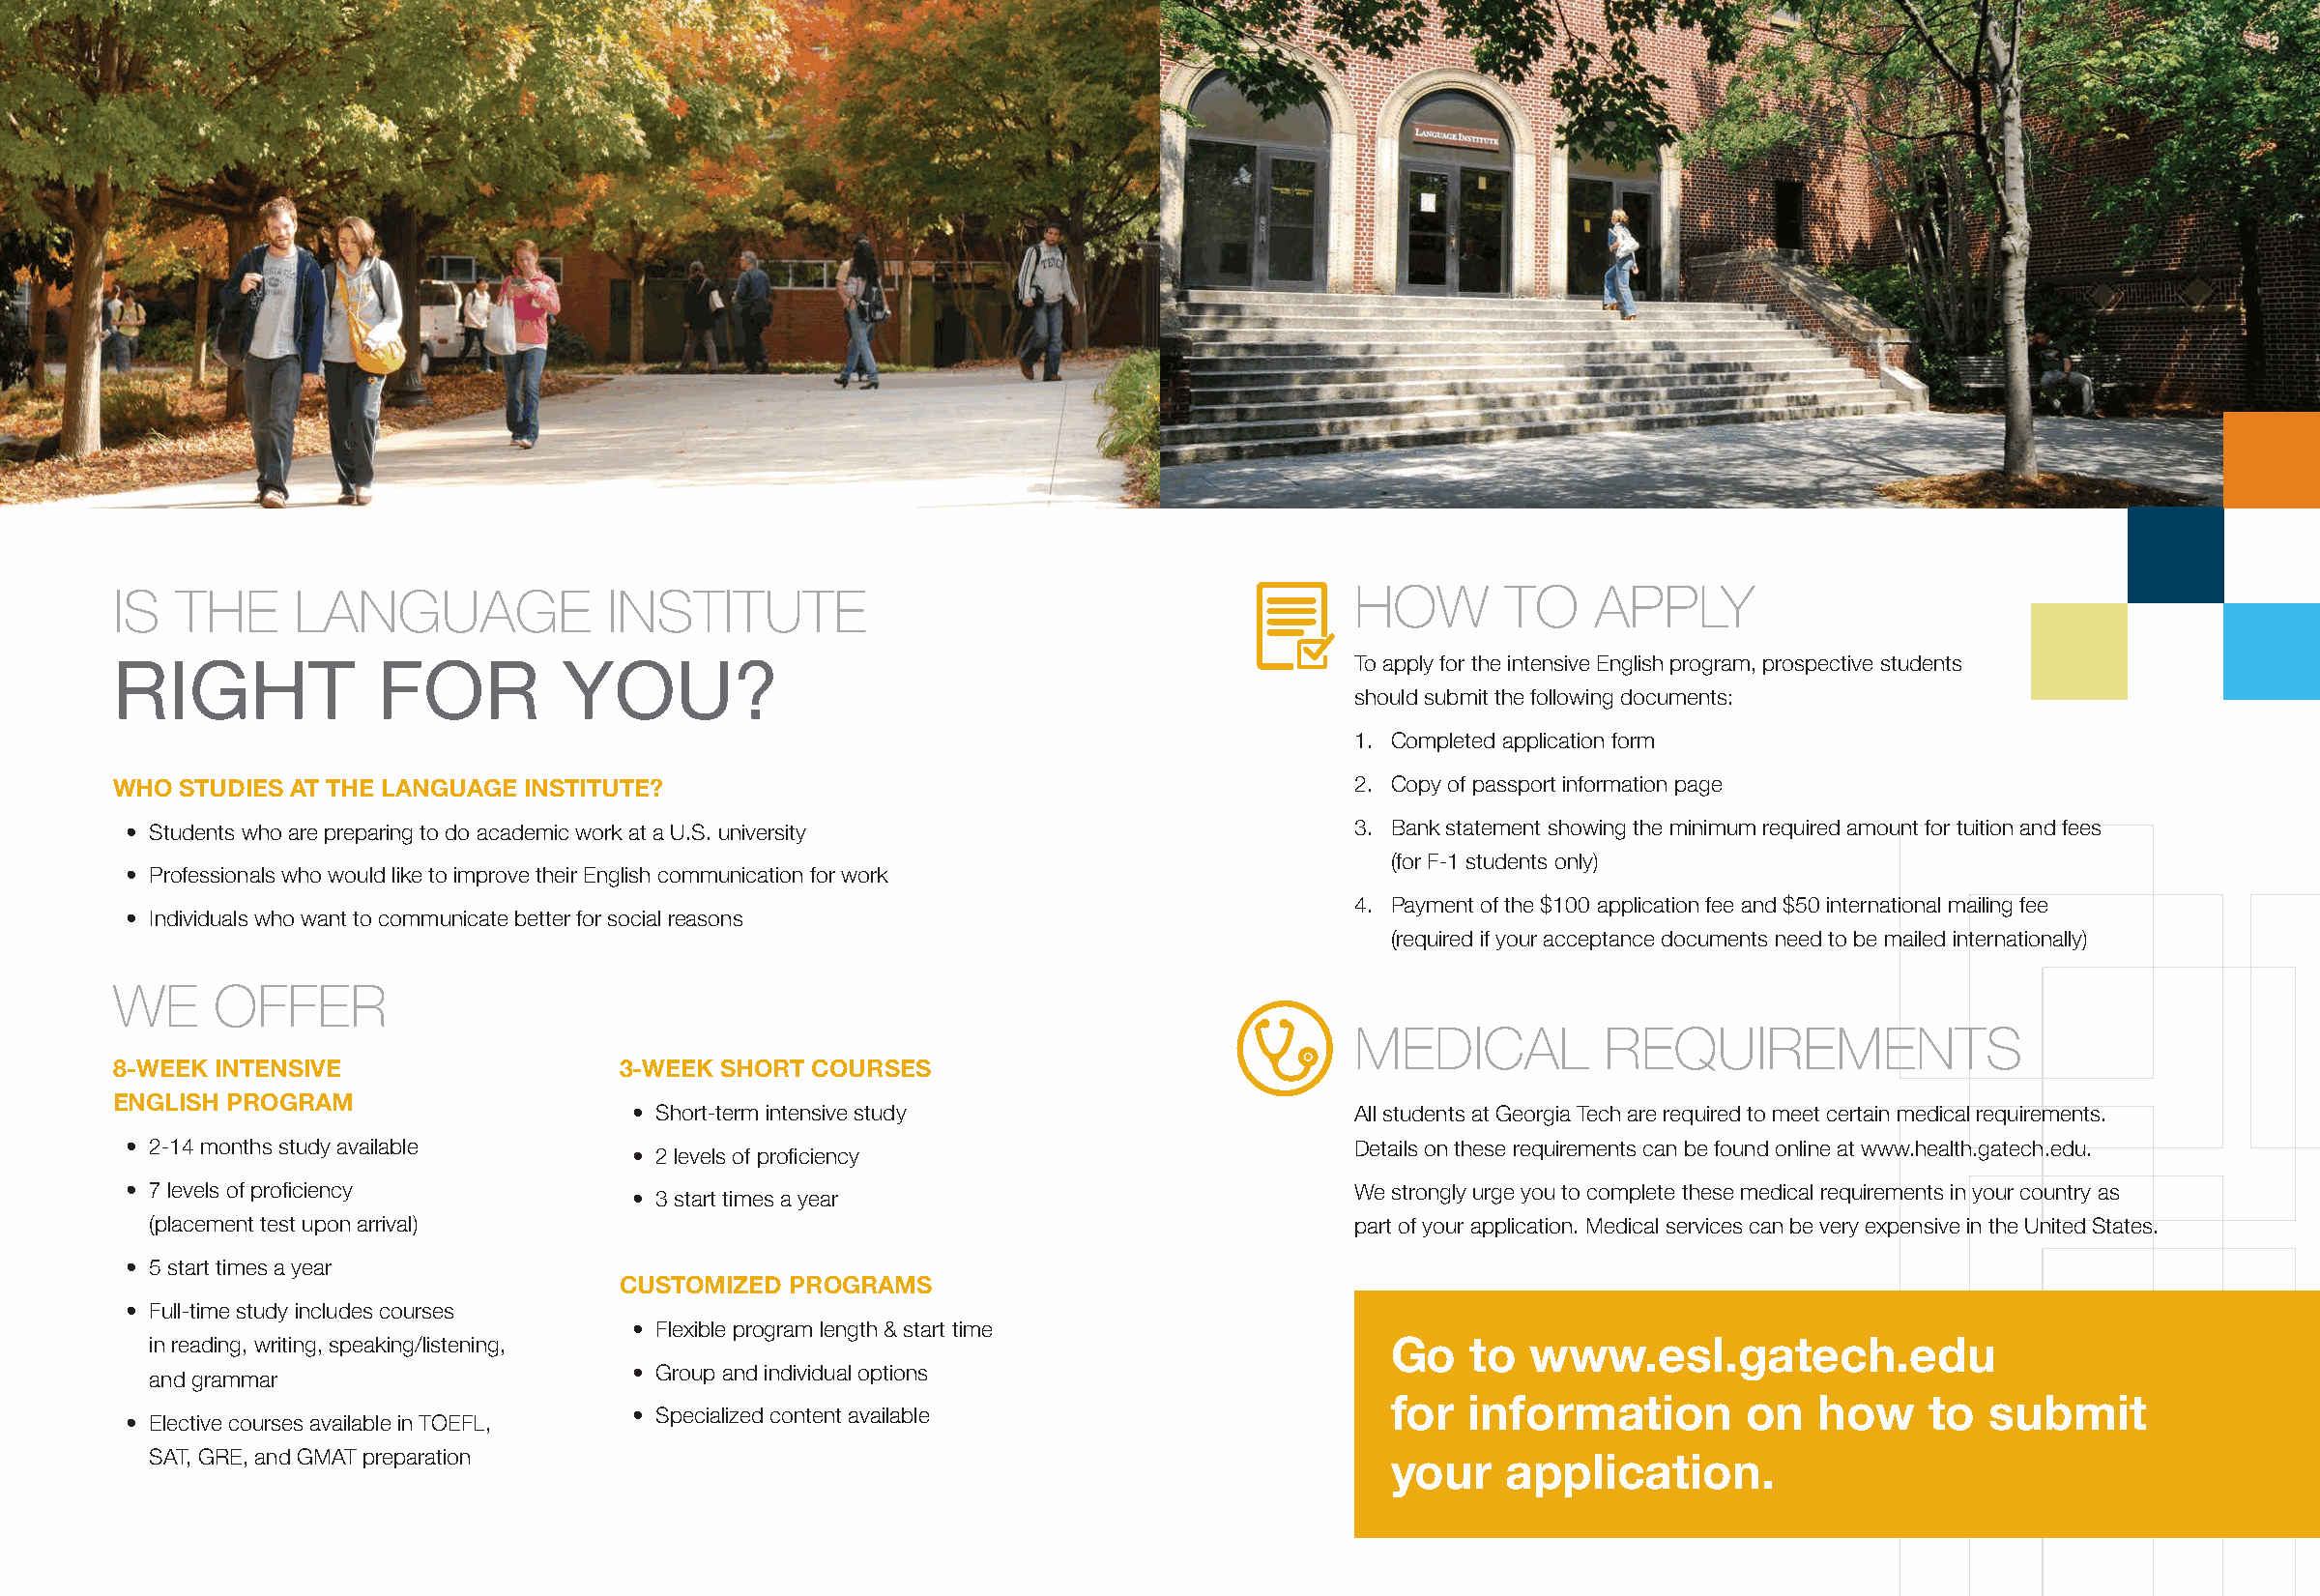
IS  THE     LANGUAGE              INSTITUTE                                          HOW       TO    APPLY
 RIGHT             FOR         YOU?                                                   To apply for the intensive English program, prospective students
 should submit the following documents:
 1. Completed application form
 WHO STUDIES AT THE LANGUAGE INSTITUTE?                                               2. Copy of passport information page
 • Students who are preparing to do academic work at a U.S. university               3. Bank statement showing the minimum required amount for tuition and fees
 (for F-1 students only)
 • Professionals who would like to improve their English communication for work
 4. Payment of the $100 application fee and $50 international mailing fee
 • Individuals who want to communicate better for social reasons
 (required if your acceptance documents need to be mailed internationally)
 WE     OFFER
 MEDICAL          REQUIREMENTS
 8-WEEK INTENSIVE                  3-WEEK SHORT  COURSES
 ENGLISH PROGRAM
 • Short-term intensive study                      All students at Georgia Tech are required to meet certain medical requirements.
 • 2-14 months study available                                                       Details on these requirements can be found online at www.health.gatech.edu.
 • 2 levels of proficiency
 • 7 levels of proficiency                                                           We strongly urge you to complete these medical requirements in your country as
 • 3 start times a year
 (placement test upon arrival)                                                      part of your application. Medical services can be very expensive in the United States.
 • 5 start times a year
 CUSTOMIZED  PROGRAMS
 • Full-time study includes courses
 • Flexible program length & start time
 in reading, writing, speaking/listening,
 Go    to  www.esl.gatech.edu
 • Group and individual options
 and grammar
 • Specialized content available                     for   information        on   how    to  submit
 • Elective courses available in TOEFL,
 SAT, GRE, and GMAT preparation
 your    application.